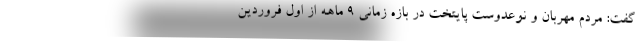
گفت: مردم مهربان و نوعدوست پایتخت در بازه زمانی ۹ ماهه از اول فروردین